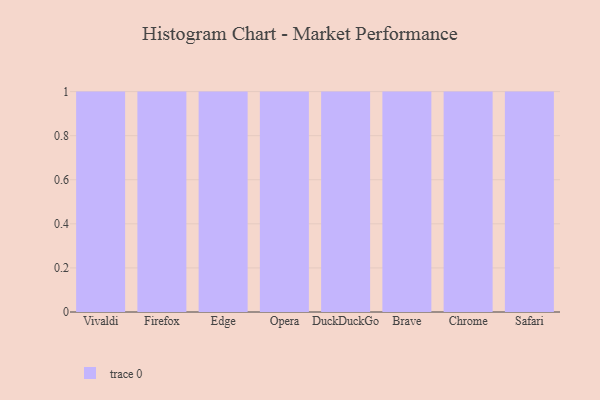
{"axis": {"x": "Browser", "y": "Customer Acquisition Cost (USD)"}, "legend": [""], "data": [{"x": "Vivaldi", "y": 29, "type": ""}, {"x": "Firefox", "y": 49, "type": ""}, {"x": "Edge", "y": 8, "type": ""}, {"x": "Opera", "y": 1, "type": ""}, {"x": "DuckDuckGo", "y": 45, "type": ""}, {"x": "Brave", "y": 17, "type": ""}, {"x": "Chrome", "y": 84, "type": ""}, {"x": "Safari", "y": 96, "type": ""}]}